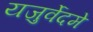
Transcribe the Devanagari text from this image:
यजुर्वेदमे